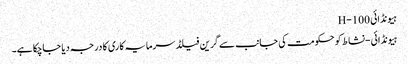
ہیونڈائی H-100
ہیونڈائی-نشاط کو حکومت کی جانب سے گرین فیلڈ سرمایہ کاری کا درجہ دیا جاچکا ہے۔